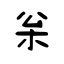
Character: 枀